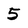
Character: 5